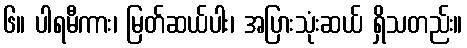
၆။ ပါရမီကား၊ မြတ်ဆယ်ပါး၊ အပြားသုံးဆယ် ရှိသတည်း။